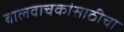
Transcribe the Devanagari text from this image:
बालवाचकांसाठीचा